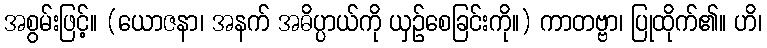
အစွမ်းဖြင့်။ (ယောဇနာ၊ အနက် အဓိပ္ပာယ်ကို ယှဉ်စေခြင်းကို။) ကာတဗ္ဗာ၊ ပြုထိုက်၏။ ဟိ၊